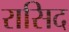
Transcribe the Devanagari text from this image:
रासिद